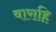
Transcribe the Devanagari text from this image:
वाराहि